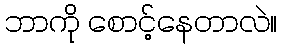
ဘာကို စောင့်နေတာလဲ။